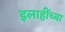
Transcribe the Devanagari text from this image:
इलाहींच्या